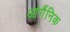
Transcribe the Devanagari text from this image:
आंर्गैनिक